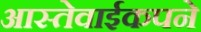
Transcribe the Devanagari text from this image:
आस्तेवाईकपने